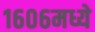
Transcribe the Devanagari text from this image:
१६०६मध्ये